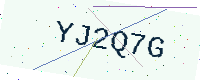
Text: YJ2Q7G